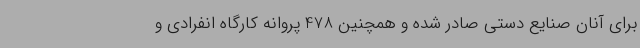
برای آنان صنایع دستی صادر شده و همچنین 478 پروانه کارگاه انفرادی و